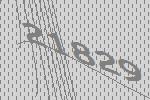
21829